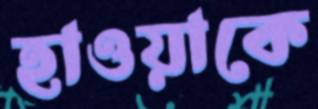
হাওয়াকে